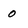
Character: 0